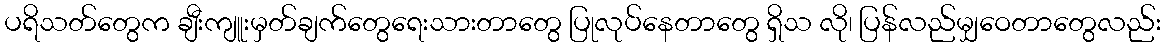
ပရိသတ်တွေက ချီးကျူးမှတ်ချက်တွေရေးသားတာတွေ ပြုလုပ်နေတာတွေ ရှိသ လို၊ ပြန်လည်မျှဝေတာတွေလည်း